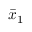
{ \bar { x } } _ { 1 }